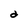
Character: d